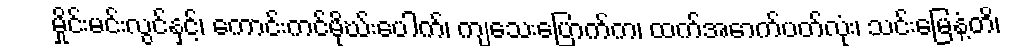
မှိုင်းမင်းလွင်နှင့်၊ ကောင်းကင်မိုဃ်းပေါက်၊ ကျသေးပြောက်က၊ ထက်အောက်ပတ်လုံး၊ သင်းမြေနံ့တိ၊